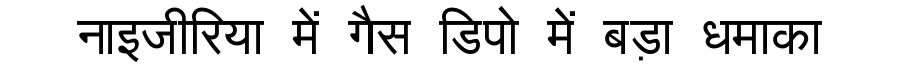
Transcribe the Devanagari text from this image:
नाइजीरिया में गैस डिपो में बड़ा धमाका